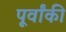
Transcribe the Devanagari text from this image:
पूर्वांकी